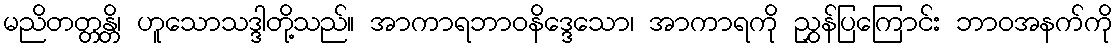
မညိတတ္တန္တိ၊ ဟူသောသဒ္ဒါတို့သည်။ အာကာရဘာဝနိဒ္ဒေသော၊ အာကာရကို ညွှန်ပြကြောင်း ဘာဝအနက်ကို